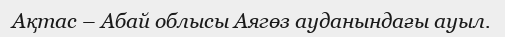
Ақтас – Абай облысы Аягөз ауданындағы ауыл.